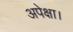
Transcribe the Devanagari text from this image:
अपेक्षा।